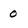
Character: 0